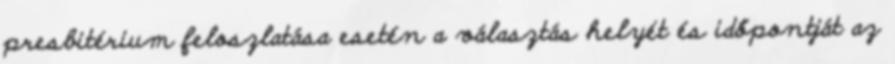
presbitérium feloszlatása esetén a választás helyét és időpontját az